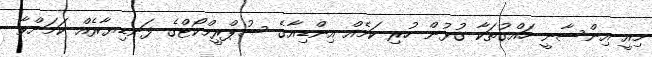
މިއީ އިންސާނީ ހައްގުތަކާ ގުޅުން ހުރި ކަމެއް އިންޑިއާގެ ސުޕްރީމްކޯޓްގެ ފަނޑިޔާރެއް ކަމަށްވާ